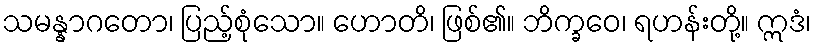
သမန္နာဂတော၊ ပြည့်စုံသော။ ဟောတိ၊ ဖြစ်၏။ ဘိက္ခဝေ၊ ရဟန်းတို့။ ဣဒံ၊